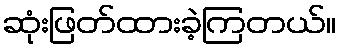
ဆုံးဖြတ်ထားခဲ့ကြတယ်။